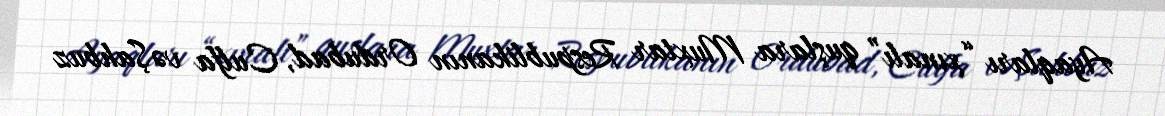
Ayaqları “xınalı” quşlara Muxtar Respublikanın Ordubad, Culfa vəŞahbuz